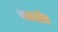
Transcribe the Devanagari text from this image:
व्याख्येंत